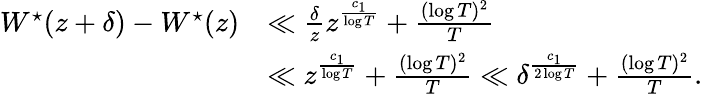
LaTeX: \begin{array}{rl}{W^{\star}(z+\delta)-W^{\star}(z)}&{\ll\frac{\delta}{z}z^{\frac{c_{1}}{\log T}}+\frac{(\log T)^{2}}{T}}\\ &{\ll z^{\frac{c_{1}}{\log T}}+\frac{(\log T)^{2}}{T}\ll\delta^{\frac{c_{1}}{2\log T}}+\frac{(\log T)^{2}}{T}.}\end{array}